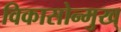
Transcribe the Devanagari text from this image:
विकासोन्मुख्